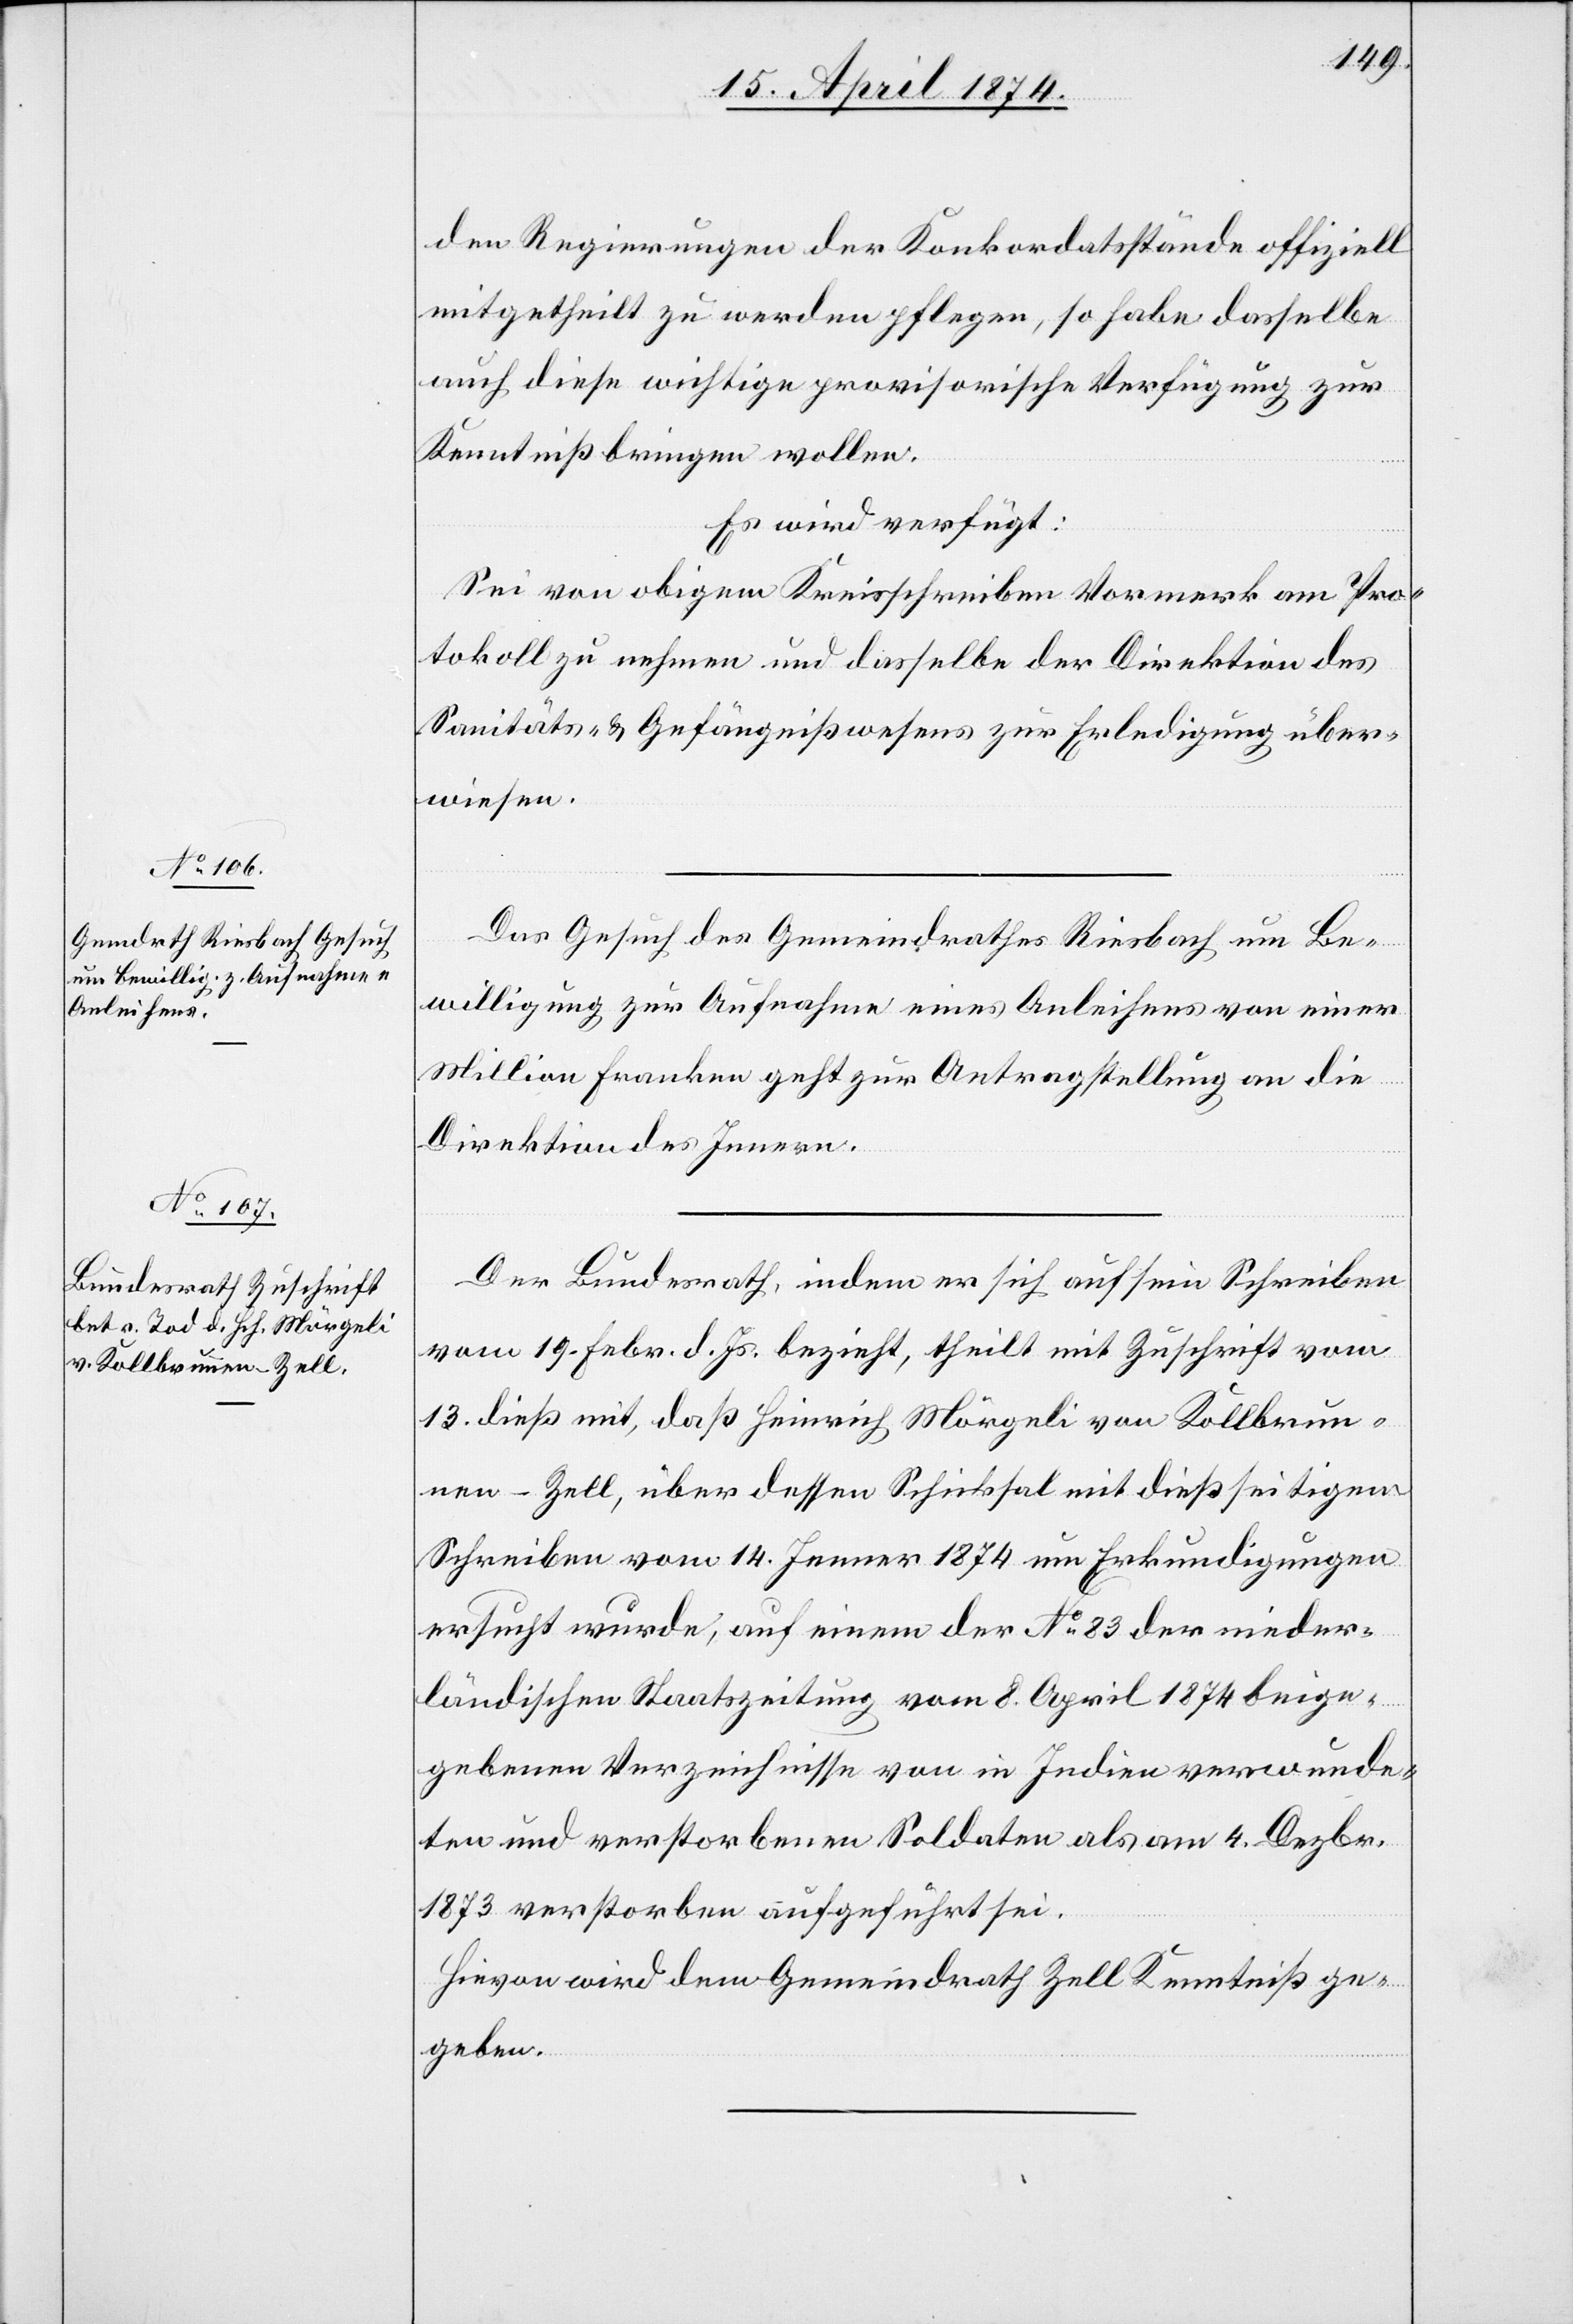
15. April 1874.]
den Regierungen der Konkordatsstände offiziell
mitgetheilt zu werden pflege, so habe dasselbe
auch diese wichtige provisorische Verfügung zur
Kenntniß bringen wollen.
Es wird verfügt:
Sei von obigem Kreisschreiben Vormerk am Pro¬
tokoll zu nehmen und dasselbe der Direktion des
Sanitäts- u. Gefängnißwesens zur Erledigung über¬
wiesen.
Das Gesuch des Gemeindrathes Riesbach um Be¬
willigung zur Aufnahme eines Anleihens von einer
Million Franken geht zur Antragstellung an die
Direktion des Innern.
Der Bundesrath, indem er sich auf sein Schreiben
vom 19. Febr. d. Js. bezieht, theilt mit Zuschrift vom
13. dieß mit, daß Heinrich Mörgeli von Kollbrun¬
nen-Zell, über dessen Schicksal mit dießseitigem
Schreiben vom 14. Jenner 1874 um Erkundigungen
ersucht wurde, auf einem der No 83 der nieder¬
ländischen Staatszeitung vom 8. April 1874 beige¬
gebenen Verzeichnisse von in Indien verwunde¬
ten und verstorbenen Soldaten als am 4. Dezbr.
1873 verstorben aufgeführt sei.
Hievon wird dem Gemeindrath Zell Kenntniß ge¬
geben.